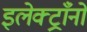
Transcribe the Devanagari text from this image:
इलेक्ट्राँनो